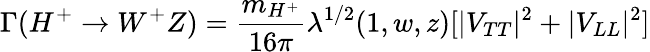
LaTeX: \Gamma(H^{+}\to W^{+}Z)=\frac{m_{H^{+}}}{16\pi}\lambda^{1/2}(1,w,z)[|V_{TT}|^{2}+|V_{LL}|^{2}]